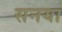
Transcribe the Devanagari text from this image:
सनया